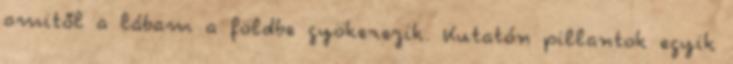
amitől a lábam a földbe gyökerezik. Kutatón pillantok egyik